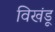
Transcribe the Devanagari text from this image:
विखंडू